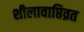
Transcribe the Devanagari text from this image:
शीलावाप्तिव्रत